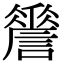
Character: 𧬑